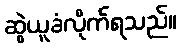
ဆွဲယူခံလိုက်ရသည်။